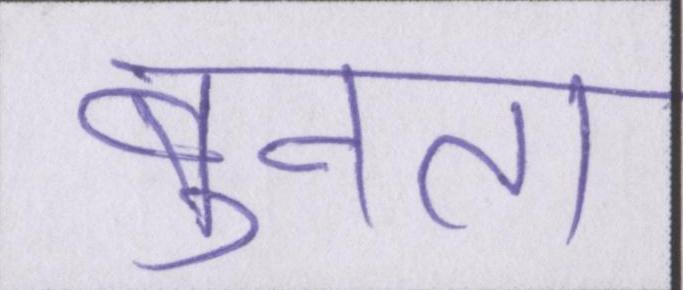
बुनता